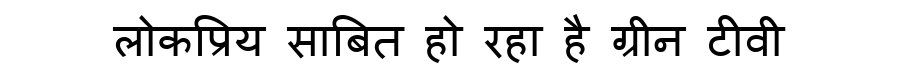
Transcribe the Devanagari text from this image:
लोकप्रिय साबित हो रहा है ग्रीन टीवी